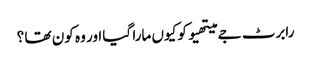
رابرٹ جے میتھیو کو کیوں مارا گیا اور وہ کون تھا ؟